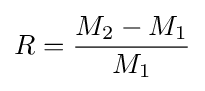
R={\frac {M_{2}-M_{1}}{M_{1}}}